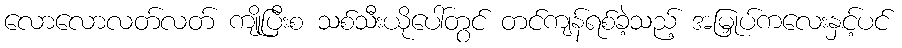
လောလောလတ်လတ် ကျိုပြီးစ သစ်သီးယိုပေါ်တွင် တင်ကျန်ရစ်ခဲ့သည့် အမြှုပ်ကလေးနှင့်ပင်